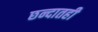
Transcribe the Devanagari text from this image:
छन्दातही